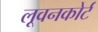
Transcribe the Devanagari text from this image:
लूवनकोर्ट